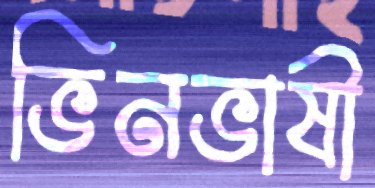
ভিনভাষী